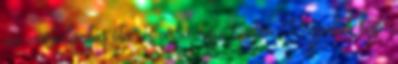
az ivartalanítás óta, és arra napi szinten Propalint kap.